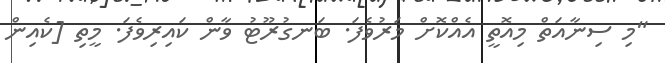
"މި ސިނާއަތް މިއޮތީ އެއްކޮށް މަރުވެފަ. ބަނގުރޫޓު ވާން ކައިރިވެފަ. މީތި [ކެއިން